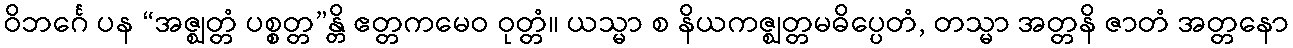
ဝိဘင်္ဂေ ပန “အဇ္ဈတ္တံ ပစ္စတ္တ”န္တိ ဧတ္တကမေဝ ဝုတ္တံ။ ယသ္မာ စ နိယကဇ္ဈတ္တမဓိပ္ပေတံ, တသ္မာ အတ္တနိ ဇာတံ အတ္တနော